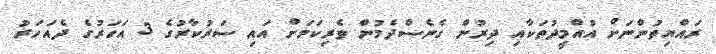
ރައްޔިތުންނަށް އުއްމީދުތަކާއި ދިރުން ގެނެސްދެމުން ވެރިކަމަށް އައި ސަރުކާރުގެ 3 އަހަރުގެ ދެއަހަރު